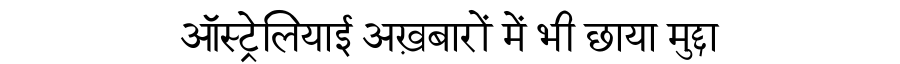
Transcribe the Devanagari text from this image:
ऑस्ट्रेलियाई अख़बारों में भी छाया मुद्दा